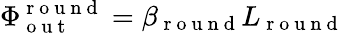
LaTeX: \Phi_{\mathrm{~o~u~t~}}^{\mathrm{~r~o~u~n~d~}}=\beta_{\mathrm{~r~o~u~n~d~}}L_{\mathrm{~r~o~u~n~d~}}